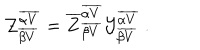
{ \cal Z } _ { \overline { { { \beta V } } } } ^ { \overline { { { \alpha V } } } } = { \overline { { Z } } } _ { \overline { { { \beta V } } } } ^ { \overline { { { \alpha V } } } } { \cal Y } _ { \overline { { { \beta V } } } } ^ { \overline { { { \alpha V } } } } ~ .